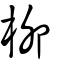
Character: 桺